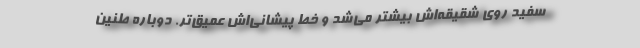
سفید روی شقیقه‌اش بیشتر می‌شد و خط پیشانی‌اش عمیق‌تر. دوباره طنین